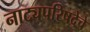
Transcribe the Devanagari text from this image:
नाट्यपरिषदेचे